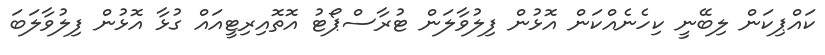
ކައްޕިކަން ލިބޭނީ ކިހެނެއްކަން އޮޅުން ފިލުވާލަން ޓުރާސްޕޯޓު އޮތޮއިރިޓީއައް ގުޅާ އޮޅުން ފިލުވާލަބަަ